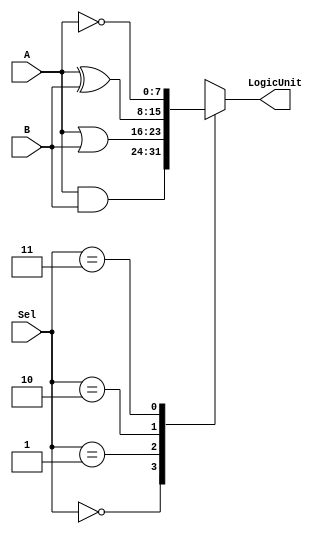

module ALU_logic(Sel,A,B,LogicUnit);

input [1:0] Sel;
input [7:0] A,B;
output [7:0] LogicUnit;

reg [7:0] LogicUnit;
always @(Sel or A or B)
	case (Sel[1:0])
		2'b 00 : LogicUnit=A&B;
		2'b 01 : LogicUnit=A|B;
		2'b 10 : LogicUnit=A^B;
		2'b 11 : LogicUnit=~A;
		default : LogicUnit =8'b X;
	endcase 
endmodule